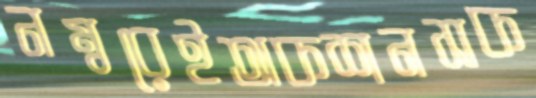
নম্বরেইঅকশনসক